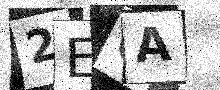
Text: 2ECA